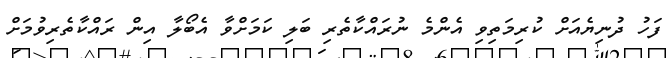
ފަހު ދުނިޔެއަށް ކުރިމަތިވި އެންމެ ނުރައްކާތެރި ބަލި ކަމަށްވާ އެބޯލާ އިން ރައްކާތެރިވުމަށް